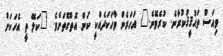
ވިއަސް ތަޙުޤީޤުކުރާނެ. ކުރެވޭނެ." އަހަރެން ވާހަކަދެއްކީ ކަން އޮތްގޮތަށެވެ. "ކަލޭ ތީ އެހަކަށް